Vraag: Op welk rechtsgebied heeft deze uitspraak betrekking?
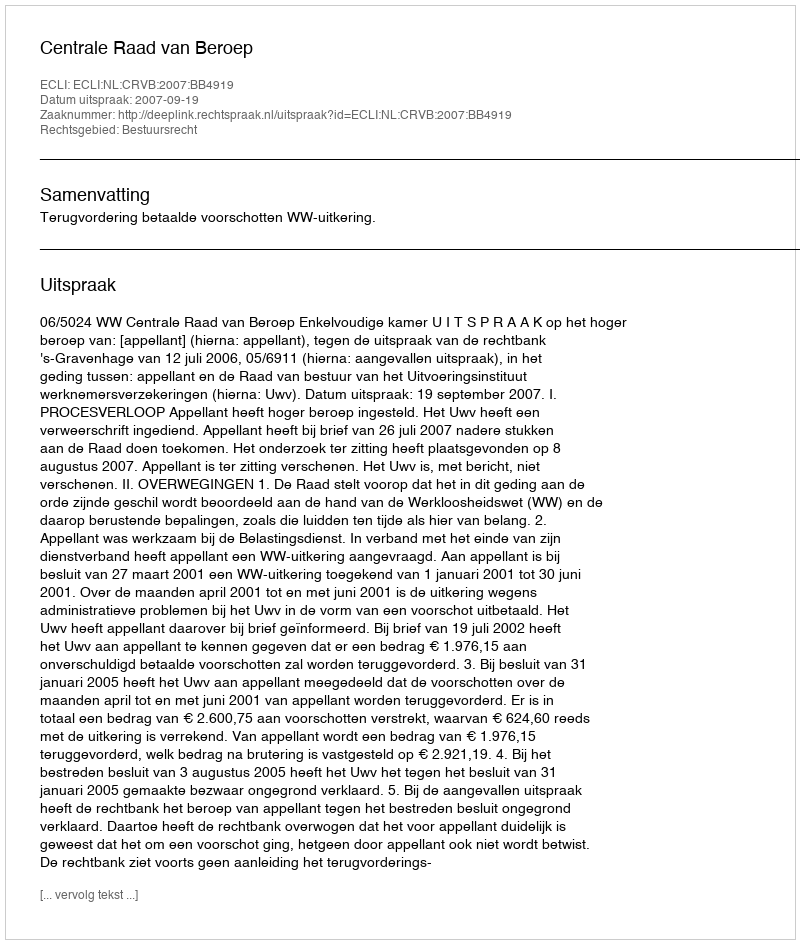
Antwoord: Bestuursrecht